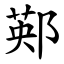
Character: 䣐